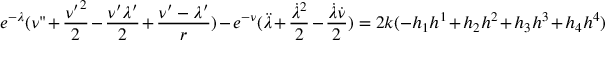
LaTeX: e ^ { - { \lambda } } ( { \nu } " + \frac { { { \nu } ^ { \prime } } ^ { 2 } } { 2 } - \frac { { \nu } ^ { \prime } { \lambda } ^ { \prime } } { 2 } + \frac { { \nu } ^ { \prime } - { \lambda } ^ { \prime } } { r } ) - e ^ { - { \nu } } ( \ddot { \lambda } + \frac { { \dot { \lambda } } ^ { 2 } } { 2 } - \frac { \dot { \lambda } \dot { \nu } } { 2 } ) = 2 k ( - h _ { 1 } h ^ { 1 } + h _ { 2 } h ^ { 2 } + h _ { 3 } h ^ { 3 } + h _ { 4 } h ^ { 4 } )